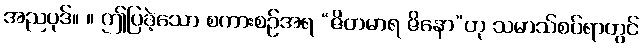
အညပုဒ်။ ။ ဤပြခဲ့သော စကားစဉ်အရ “ဇိတမာရ ဇိနော”ဟု သမာသ်စပ်ရာတွင်